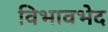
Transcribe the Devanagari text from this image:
विभावभेद